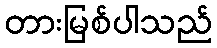
တားမြစ်ပါသည်